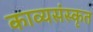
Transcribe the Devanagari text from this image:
काव्यसंस्कृत